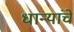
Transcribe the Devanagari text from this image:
धान्यांचे